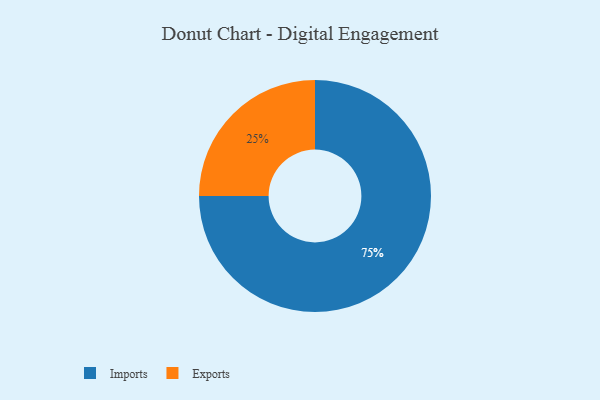
{"axis": {"x": "Category", "y": "Percentage"}, "legend": ["Exports", "Imports"], "data": [{"x": "Imports", "y": 75, "type": "Imports"}, {"x": "Exports", "y": 25, "type": "Exports"}]}